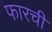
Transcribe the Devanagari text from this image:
फारची